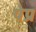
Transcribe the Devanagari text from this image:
पेप्र